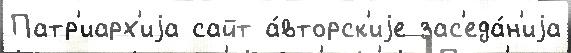
Патр'иарх'иjа сайт а́вторск'иjе зас'еда́н'иjа